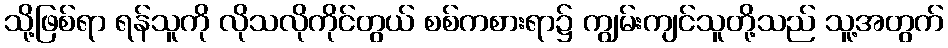
သို့ဖြစ်ရာ ရန်သူကို လိုသလိုကိုင်တွယ် စစ်ကစားရာ၌ ကျွမ်းကျင်သူတို့သည် သူ့အတွက်